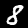
Digit: 8